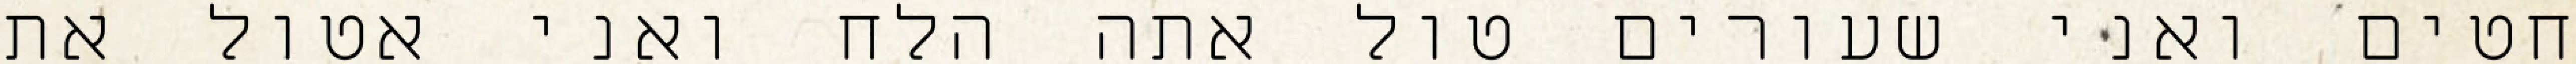
חטים ואני שעורים טול אתה הלח ואני אטול את